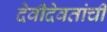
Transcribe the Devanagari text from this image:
देवीदेवतांची